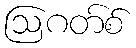
ဩဂတ်စ်